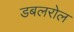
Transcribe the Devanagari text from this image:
डबलरोल